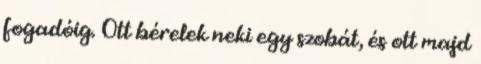
fogadóig. Ott bérelek neki egy szobát, és ott majd